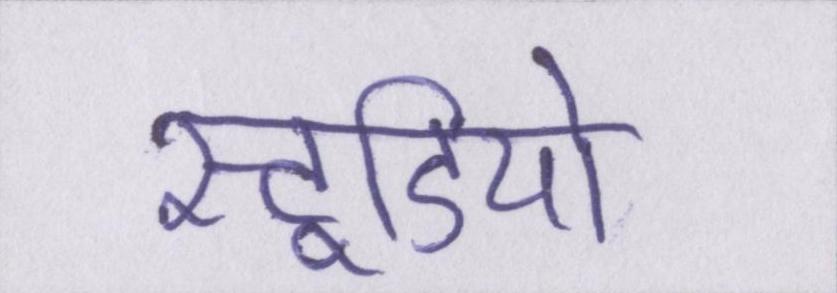
स्टूडियो